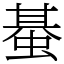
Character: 蜝